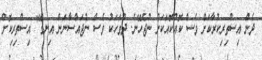
ދެން އިސްތިރިކުރާކަށް ވެސް ކޮއްކޮއަކަށް ނުޖެހޭނެ. ދުވަހަކު ވެސް ނުޖައްސާނަން އިނގޭ" އިސްތިރިކޮށް